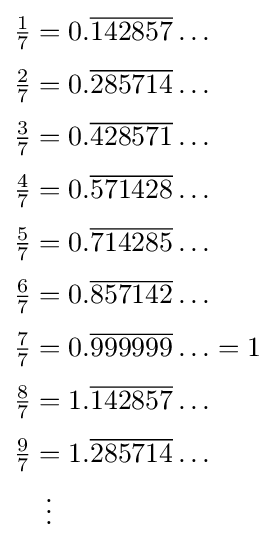
{\begin{aligned}{\tfrac {1}{7}}&=0.{\overline {142857}}\ldots \\[3pt]{\tfrac {2}{7}}&=0.{\overline {285714}}\ldots \\[3pt]{\tfrac {3}{7}}&=0.{\overline {428571}}\ldots \\[3pt]{\tfrac {4}{7}}&=0.{\overline {571428}}\ldots \\[3pt]{\tfrac {5}{7}}&=0.{\overline {714285}}\ldots \\[3pt]{\tfrac {6}{7}}&=0.{\overline {857142}}\ldots \\[3pt]{\tfrac {7}{7}}&=0.{\overline {999999}}\ldots =1\\[3pt]{\tfrac {8}{7}}&=1.{\overline {142857}}\ldots \\[3pt]{\tfrac {9}{7}}&=1.{\overline {285714}}\ldots \\&\,\,\,\vdots \end{aligned}}